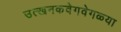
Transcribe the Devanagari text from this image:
उत्खनकवेगवेगळ्या